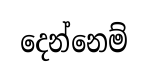
දෙන්නෙම්